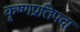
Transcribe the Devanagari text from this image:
कृष्णप्रतिपदा